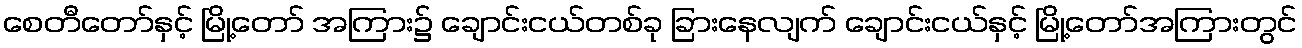
စေတီတော်နှင့် မြို့တော် အကြား၌ ချောင်းငယ်တစ်ခု ခြားနေလျက် ချောင်းငယ်နှင့် မြို့တော်အကြားတွင်